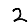
Digit: 2